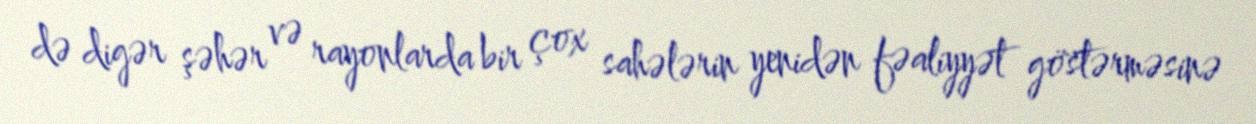
də digər şəhər və rayonlarda bir çox sahələrin yenidən fəaliyyət göstərməsinə